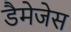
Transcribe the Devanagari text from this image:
डैमेजेस